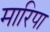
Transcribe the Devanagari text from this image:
मारिपा